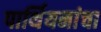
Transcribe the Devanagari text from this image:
पार्थियनांचा